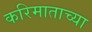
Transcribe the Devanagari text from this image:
करिमाताच्या